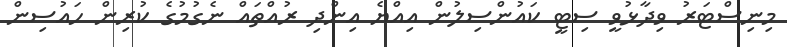
މިިނިސްޓަރު ވިދާޅުވީ ސިޓީ ކައުންސިލުން އިއްޔެ އިންދި ރުއްތައް ނެގުމުގެ ކުރިން ހައުސިން